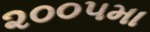
૨૦૦૫મા